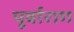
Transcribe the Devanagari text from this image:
पूर्वाराग